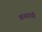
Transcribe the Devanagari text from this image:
वनगायी